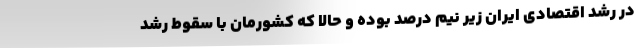
در رشد اقتصادی ایران زیر نیم درصد بوده و حالا که کشورمان با سقوط رشد